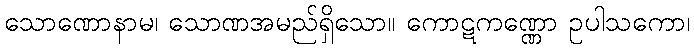
သောဏောနာမ၊ သောဏအမည်ရှိသော။ ကောဋကဏ္ဏော ဥပါသကော၊